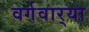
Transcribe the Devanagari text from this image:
वर्गवार्‍या